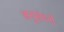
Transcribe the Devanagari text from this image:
अनुसंघनों